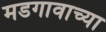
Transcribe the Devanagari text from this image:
मडगावाच्या